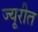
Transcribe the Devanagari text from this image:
ज्यूरीत